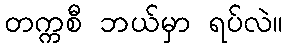
တက္ကစီ ဘယ်မှာ ရပ်လဲ။